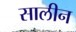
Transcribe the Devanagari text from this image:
सालीन